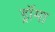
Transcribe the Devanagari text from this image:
ड्रॉमा